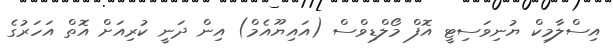
އިސްލާމިކް ޔުނިވަސިޓީ އޮފް މޯލްޑިވްސް (އައިޔޫއެމް) އިން ދަނީ ކުރިއަށް އޮތް އަހަރުގެ